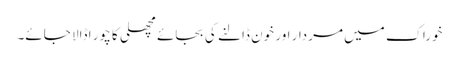
خوراک میں مردار اور خون ڈالنے کی بجائے مچھلی کا چور ا ڈالا جائے۔